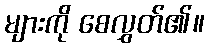
များကို စေလွှတ်၏။